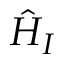
\hat { H } _ { I }